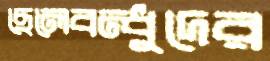
ছেলেবন্ধুদের